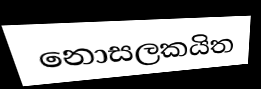
නොසලකයිත